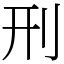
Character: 刑